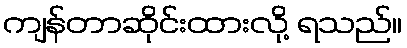
ကျန်တာဆိုင်းထားလို့ ရသည်။